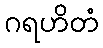
ဂရဟိတံ